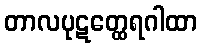
တာလပုဋတ္ထေရဂါထာ